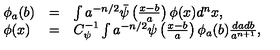
\begin{array} { l c l } { \phi _ { a } ( b ) } & { = } & { \int a ^ { - n / 2 } \bar { \psi } \left( \frac { x - b } { a } \right) \phi ( x ) d ^ { n } x , } \\ { \phi ( x ) } & { = } & { C _ { \psi } ^ { - 1 } \int a ^ { - n / 2 } \psi \left( \frac { x - b } { a } \right) \phi _ { a } ( b ) \frac { d a d b } { a ^ { n + 1 } } , } \\ \end{array}